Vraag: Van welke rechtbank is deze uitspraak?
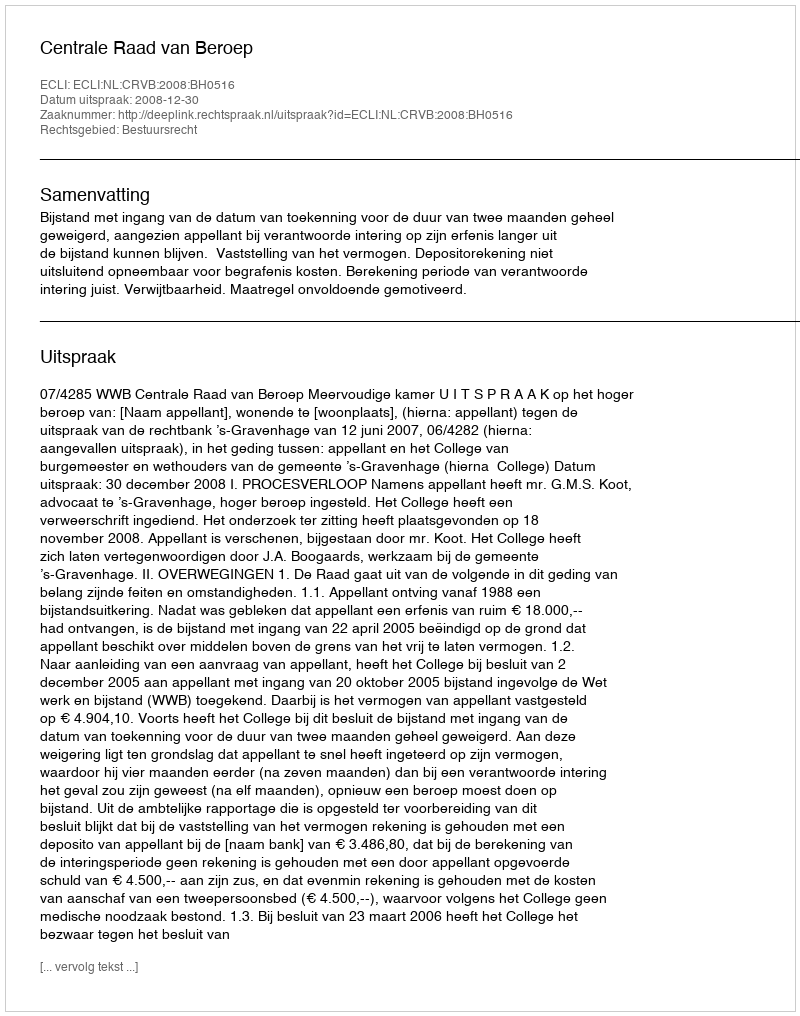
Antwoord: Centrale Raad van Beroep